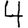
Digit: 4